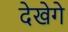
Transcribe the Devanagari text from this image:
देखेगे